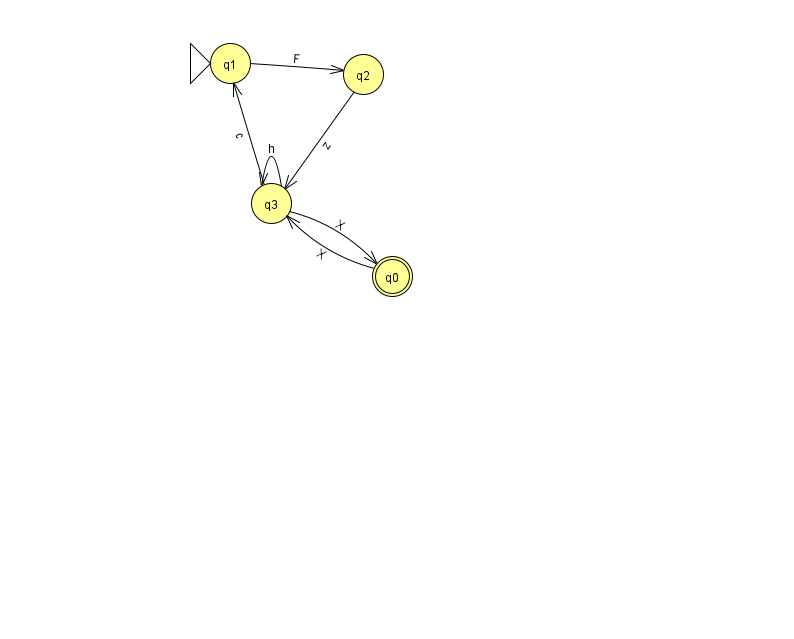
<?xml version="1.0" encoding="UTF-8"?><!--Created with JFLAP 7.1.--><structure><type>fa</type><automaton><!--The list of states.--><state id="0" name="q0"><x>392.0</x><y>263.0</y><final/></state><state id="1" name="q1"><x>230.0</x><y>50.0</y><initial/></state><state id="2" name="q2"><x>363.0</x><y>61.0</y></state><state id="3" name="q3"><x>271.0</x><y>190.0</y></state><!--The list of transitions.--><transition><from>2</from><to>3</to><read>z</read></transition><transition><from>1</from><to>2</to><read>F</read></transition><transition><from>3</from><to>3</to><read>h</read></transition><transition><from>3</from><to>1</to><read>c</read></transition><transition><from>0</from><to>3</to><read>X</read></transition><transition><from>3</from><to>0</to><read>X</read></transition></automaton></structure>